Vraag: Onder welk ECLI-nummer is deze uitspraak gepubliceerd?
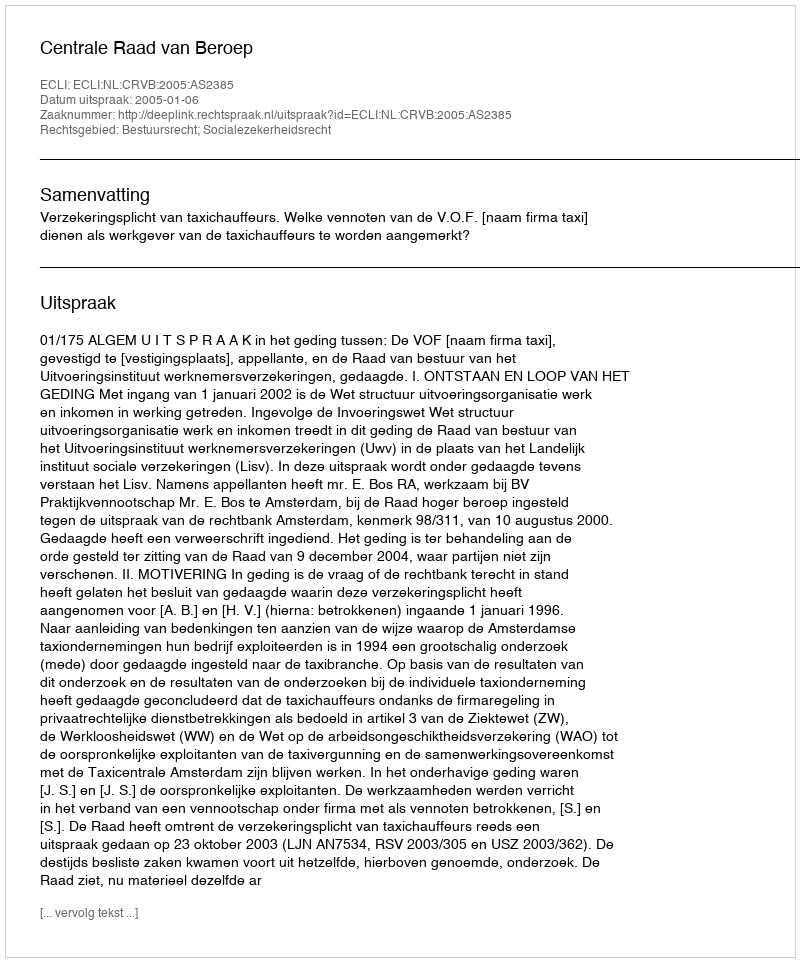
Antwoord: ECLI:NL:CRVB:2005:AS2385